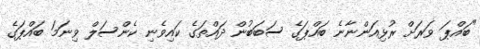
"ބައްޕަ ވަރަށް ރުޅިއަންނާނެ ބައްޕަގެ ސަބަބުން ދައްތަގެ ކައިވެނި ކެންސަލް ވިނަމަ ބައްޕަގެ